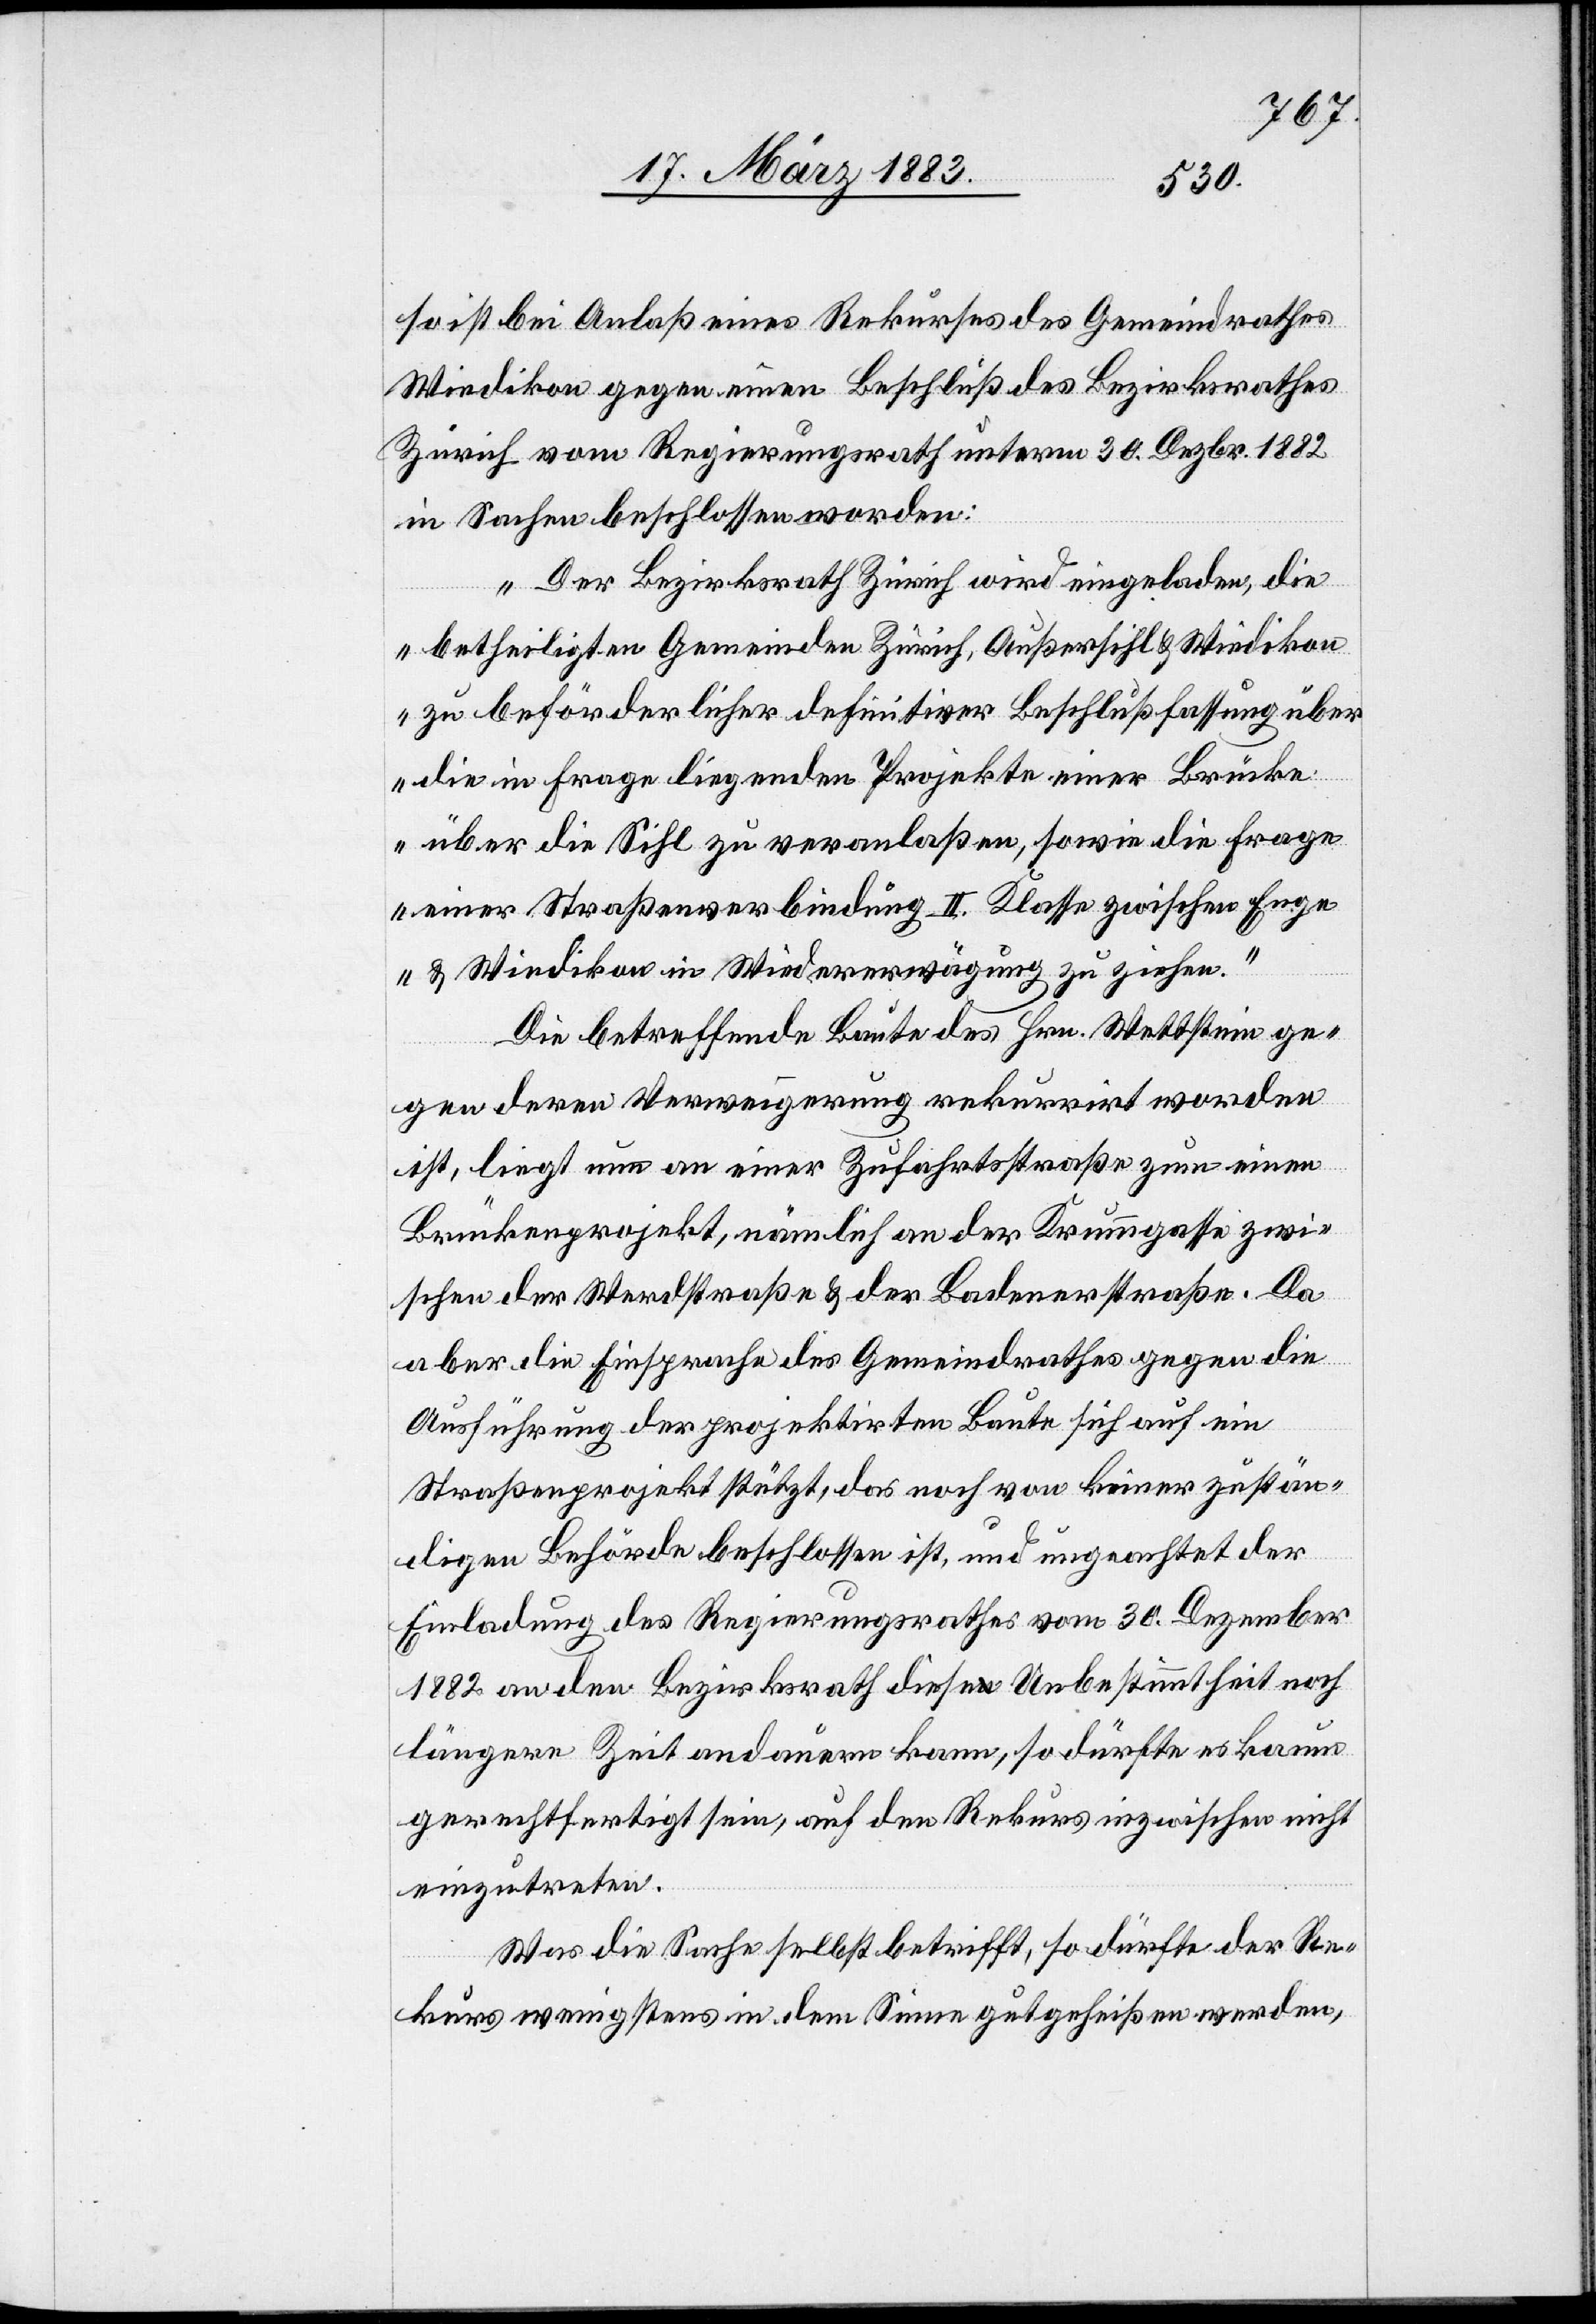
so ist bei Anlaß eines Rekurses des Gemeindrathes
Wiedikon gegen einen Beschluß des Bezirksrathes
Zürich vom Regierungsrath unterm 30. Dezbr. 1882
in Sachen beschlossen worden:
„Der Bezirksrath Zürich wird eingeladen, die
betheiligten Gemeinden Zürich, Außersihl & Wiedikon
zu beförderlicher definitiver Beschlußfassung über
die in Frage liegenden Projekte einer Brücke
über die Sihl zu veranlaßen, sowie die Frage
einer Straßenverbindung II. Klasse zwischen Enge
& Wiedikon in Wiedererwägung zu ziehen.“
Die betreffende Baute des Hrn. Wettstein ge¬
gen deren Verweigerung rekurrirt worden
ist, liegt nun an einer Zufahrtsstraße zum einen
Brückenprojekt, nämlich an der Krummgasse zwi¬
schen der Werdstraße & der Badenerstraße. Da
aber die Einsprache des Gemeindrathes gegen die
Ausführung der projektirten Brücke sich auf ein
Straßenprojekt stützt, das noch von keiner zustän¬
digen Behörde beschlossen ist, und ungeachtet der
Einladung des Regierungsrathes vom 30. Dezember
1882 an den Bezirksrath diese Unbestimmtheit noch
längere Zeit andauern kann, so dürfte es kaum
gerechtfertigt sein, auf den Rekurs inzwischen nicht
einzutreten.
Was die Sache selbst betrifft, so dürfte der Re¬
kurs wenigstens in dem Sinne gutgeheißen werden,